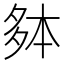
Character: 𫯐